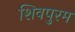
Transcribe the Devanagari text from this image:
शिवपुरम